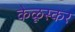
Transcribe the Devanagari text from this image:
केळूस्कर